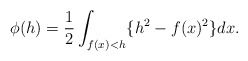
\begin{align*} \begin{aligned} \phi(h)=\frac{1}{2}\int_{f(x)<h}\{h^2-f(x)^2\}dx. \end{aligned} \end{align*}